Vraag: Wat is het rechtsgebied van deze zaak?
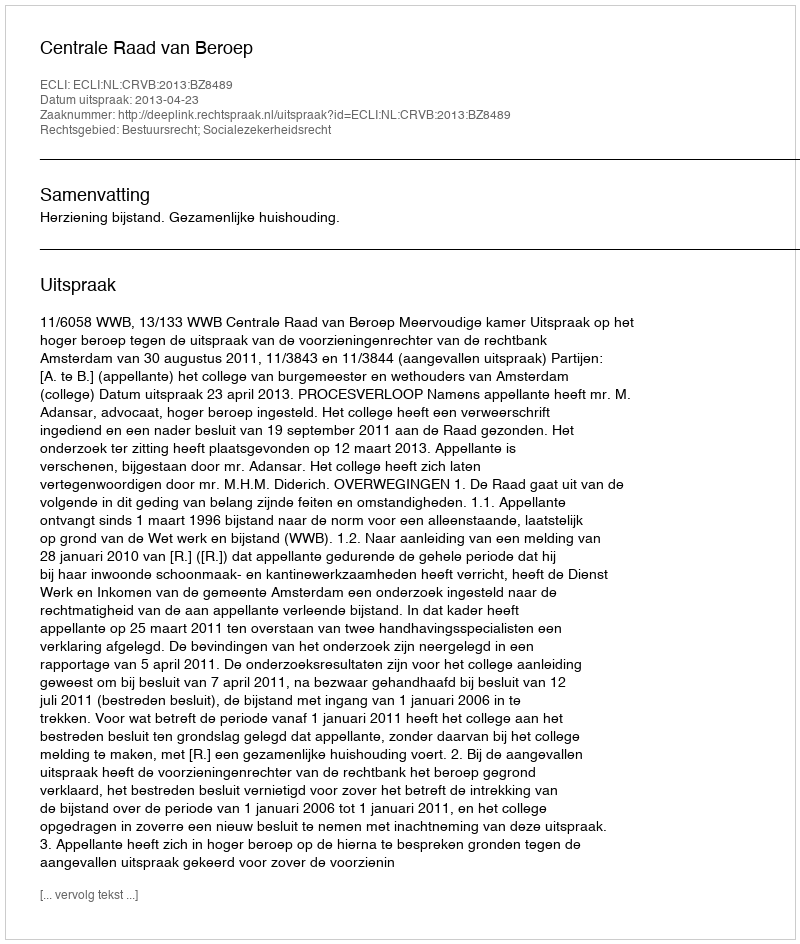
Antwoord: Bestuursrecht; Socialezekerheidsrecht